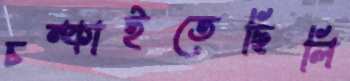
চম্‌কাইতেছিলি